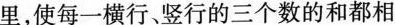
里，使每一横行、竖行的三个数的和都相